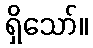
ရှိသော်။